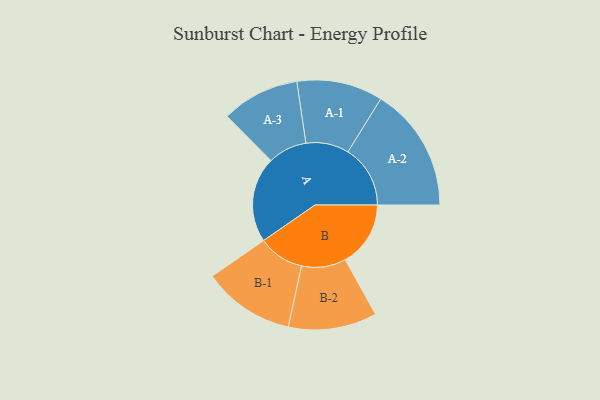
{"axis": {"x": "Segment", "y": "Value"}, "legend": ["", "A", "B"], "data": [{"x": "A", "y": 402, "type": ""}, {"x": "B", "y": 307, "type": ""}, {"x": "A-1", "y": 202, "type": "A"}, {"x": "A-2", "y": 293, "type": "A"}, {"x": "A-3", "y": 183, "type": "A"}, {"x": "B-1", "y": 216, "type": "B"}, {"x": "B-2", "y": 208, "type": "B"}]}